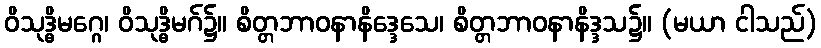
ဝိသုဒ္ဓိမဂ္ဂေ၊ ဝိသုဒ္ဓိမဂ်၌။ စိတ္တဘာဝနာနိဒ္ဒေသေ၊ စိတ္တဘာဝနာနိဒ္ဒသ၌။ (မယာ ငါသည်)